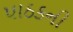
પાઠકની